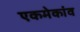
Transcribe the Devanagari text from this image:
एकमेकांव